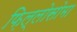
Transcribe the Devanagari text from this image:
फ़िल्लोसोमा